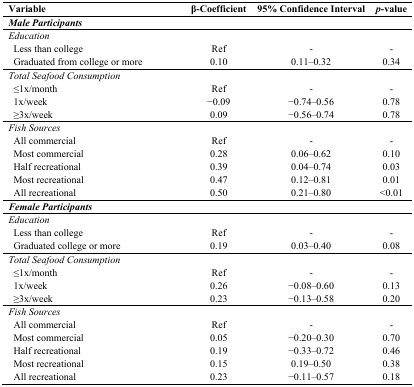
<table><thead><tr><td><b>Variable</b></td><td><b>β-Coefficient</b></td><td><b>95% Confidence Interval</b></td><td><b><i>p</i>-value</b></td></tr></thead><tbody><tr><td><b><i>Male Participants</i></b></td><td></td><td></td><td></td></tr><tr><td><i>Education</i></td><td></td><td></td><td></td></tr><tr><td> Less than college</td><td>Ref</td><td>-</td><td>-</td></tr><tr><td> Graduated from college or more</td><td>0.10</td><td>0.11–0.32</td><td>0.34</td></tr><tr><td><i>Total Seafood Consumption</i></td><td></td><td></td><td></td></tr><tr><td> ≤1x/month</td><td>Ref</td><td>-</td><td>-</td></tr><tr><td> 1x/week</td><td>−0.09</td><td>−0.74–0.56</td><td>0.78</td></tr><tr><td> ≥3x/week</td><td>0.09</td><td>−0.56–0.74</td><td>0.78</td></tr><tr><td><i>Fish Sources</i></td><td></td><td></td><td></td></tr><tr><td> All commercial</td><td>Ref</td><td>-</td><td>-</td></tr><tr><td> Most commercial</td><td>0.28</td><td>0.06–0.62</td><td>0.10</td></tr><tr><td> Half recreational</td><td>0.39</td><td>0.04–0.74</td><td>0.03</td></tr><tr><td> Most recreational</td><td>0.47</td><td>0.12–0.81</td><td>0.01</td></tr><tr><td> All recreational</td><td>0.50</td><td>0.21–0.80</td><td>&lt;0.01</td></tr><tr><td><b><i>Female Participants</i></b></td><td></td><td></td><td></td></tr><tr><td><i>Education</i></td><td></td><td></td><td></td></tr><tr><td> Less than college</td><td>Ref</td><td>-</td><td>-</td></tr><tr><td> Graduated college or more</td><td>0.19</td><td>0.03–0.40</td><td>0.08</td></tr><tr><td><i>Total Seafood Consumption</i></td><td></td><td></td><td></td></tr><tr><td> ≤1x/month</td><td>Ref</td><td>-</td><td>-</td></tr><tr><td> 1x/week</td><td>0.26</td><td>−0.08–0.60</td><td>0.13</td></tr><tr><td> ≥3x/week</td><td>0.23</td><td>−0.13–0.58</td><td>0.20</td></tr><tr><td><i>Fish Sources</i></td><td></td><td></td><td></td></tr><tr><td> All commercial</td><td>Ref</td><td>-</td><td>-</td></tr><tr><td> Most commercial</td><td>0.05</td><td>−0.20–0.30</td><td>0.70</td></tr><tr><td> Half recreational</td><td>0.19</td><td>−0.33–0.72</td><td>0.46</td></tr><tr><td> Most recreational</td><td>0.15</td><td>0.19–0.50</td><td>0.38</td></tr><tr><td> All recreational</td><td>0.23</td><td>−0.11–0.57</td><td>0.18</td></tr></tbody></table>